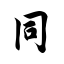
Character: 同